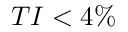
T I < 4 \%